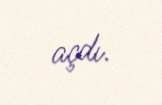
açdı.